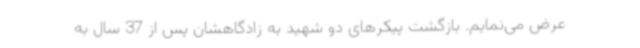
عرض می‌نمایم. بازگشت پیکرهای دو شهید به زادگاهشان پس از 37 سال به